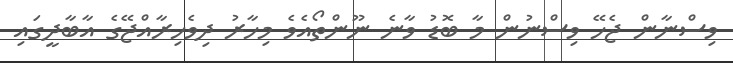
ވިސްނާން ޖެހޭ ވިސްނުން މާ ބޮޑު ވާނެ ނޫންތޯއެވެ މިހާރު ދިވެހިރާއްޖޭގެ އާބާދީގައި